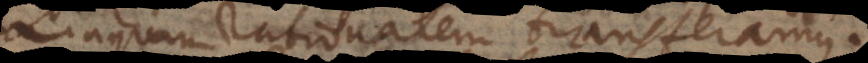
Linguam rationalem transferamus.